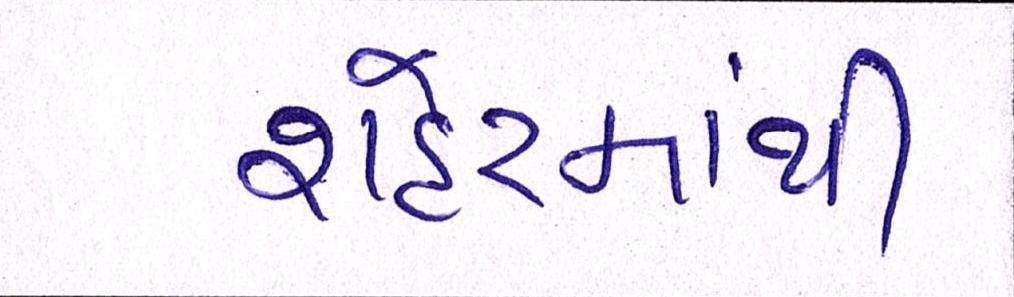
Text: શહેરમાંથી